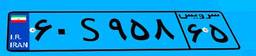
۶۰S۹۵۸۶۵